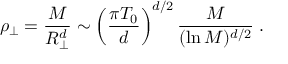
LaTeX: \rho _ { \perp } = { \frac { M } { R _ { \perp } ^ { d } } } \sim \left( { \frac { \pi T _ { 0 } } { d } } \right) ^ { d / 2 } { \frac { M } { ( \ln { M } ) ^ { d / 2 } } } \; .